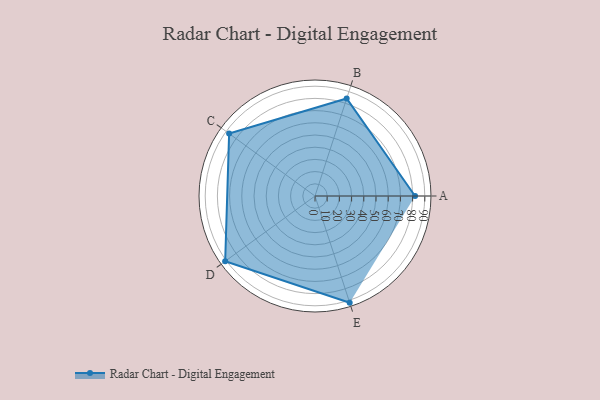
{"axis": {"x": "Skill", "y": "Score"}, "legend": ["Profile"], "data": [{"x": "A", "y": 82.0, "type": "Profile"}, {"x": "B", "y": 84.0, "type": "Profile"}, {"x": "C", "y": 87.0, "type": "Profile"}, {"x": "D", "y": 91.0, "type": "Profile"}, {"x": "E", "y": 92.0, "type": "Profile"}]}